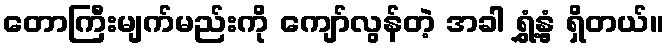
တောကြီးမျက်မည်းကို ကျော်လွန်တဲ့ အခါ ရွှံ့နွံ့ ရှိတယ်။